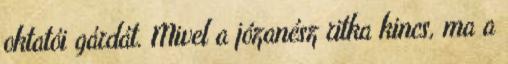
oktatói gárdát. Mivel a józanész ritka kincs, ma a